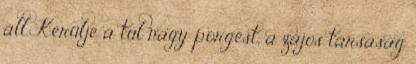
áll. Kerülje a túl nagy pörgést, a zajos társaság